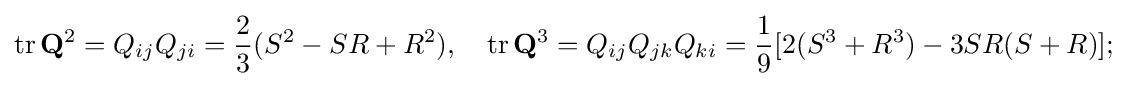
\mathrm {tr} \,\mathbf {Q} ^{2}=Q_{ij}Q_{ji}={\frac {2}{3}}(S^{2}-SR+R^{2}),\quad \mathrm {tr} \,\mathbf {Q} ^{3}=Q_{ij}Q_{jk}Q_{ki}={\frac {1}{9}}[2(S^{3}+R^{3})-3SR(S+R)];